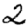
Digit: 2